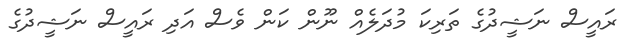
ރައީސް ނަޝީދުގެ ތަރިކަ މުދަލެއް ނޫން ކަން ވެސް އަދި ރައީސް ނަޝީދުގެ